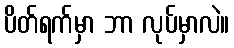
ပိတ်ရက်မှာ ဘာ လုပ်မှာလဲ။